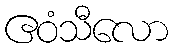
ဧဝံသီလော